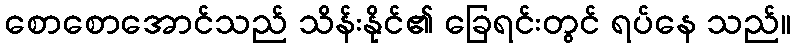
စောစောအောင်သည် သိန်းနိုင်၏ ခြေရင်းတွင် ရပ်နေ သည်။